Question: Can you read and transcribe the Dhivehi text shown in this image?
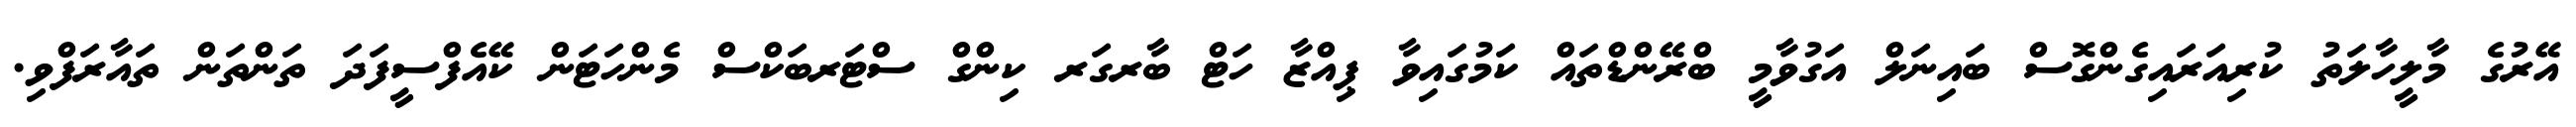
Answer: އޭރުގެ މާލީހާލަތު ކުރިއަރައިގެންގޮސް ބައިނަލް އަގުވާމީ ބްރޭންޑްތައް ކަމުގައިވާ ޕިއްޒާ ހަޓް ބާރގަރ ކިންގް ސްޓަރބަކްސް މެންހަޓަން ކޭއެފްސީފަދަ ތަންތަން ތައާރަފްވި.